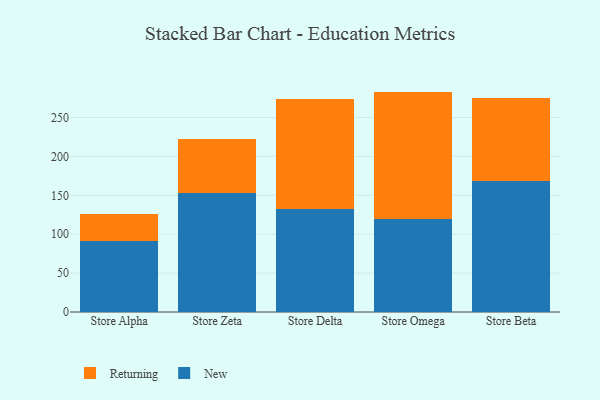
{"axis": {"x": "Store", "y": "Customer Acquisition Cost (USD)"}, "legend": ["New", "Returning"], "data": [{"x": "Store Alpha", "y": 90.7, "type": "New"}, {"x": "Store Alpha", "y": 35.8, "type": "Returning"}, {"x": "Store Zeta", "y": 152.4, "type": "New"}, {"x": "Store Zeta", "y": 70.4, "type": "Returning"}, {"x": "Store Delta", "y": 131.8, "type": "New"}, {"x": "Store Delta", "y": 142.3, "type": "Returning"}, {"x": "Store Omega", "y": 119.7, "type": "New"}, {"x": "Store Omega", "y": 163.6, "type": "Returning"}, {"x": "Store Beta", "y": 168.1, "type": "New"}, {"x": "Store Beta", "y": 107.6, "type": "Returning"}]}